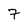
Character: 7